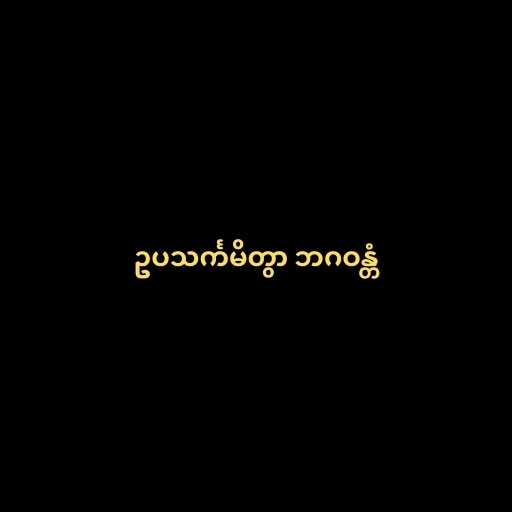
ဥပသင်္ကမိတွာ ဘဂဝန္တံ